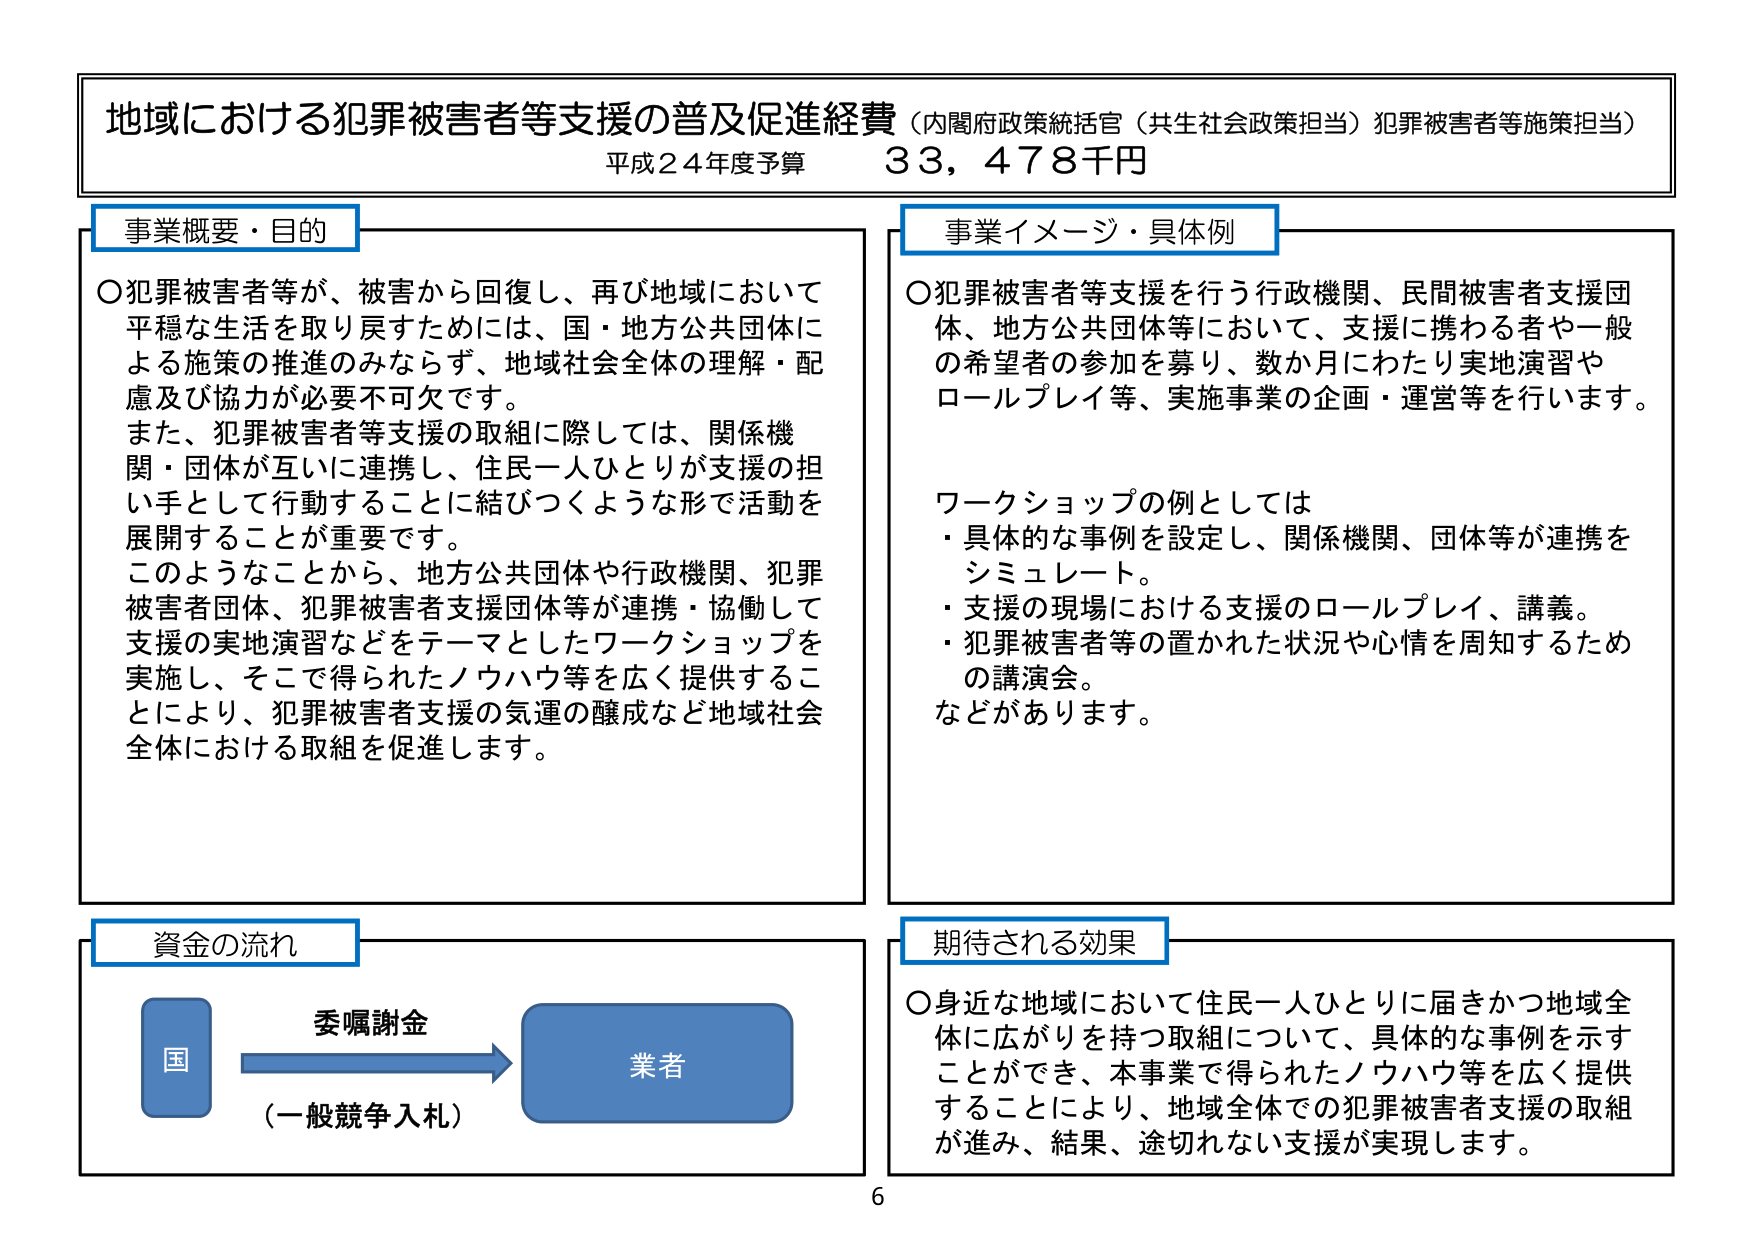
地域における犯罪被害者等支援の普及促進経費（内閣府政策統括官（共生社会政策担当）犯罪被害者等施策担当）
平成24年度予算 33,478千円

事業概要・目的
〇犯罪被害者等が、被害から回復し、再び地域において平穏な生活を取り戻すためには、国・地方公共団体による施策の推進のみならず、地域社会全体の理解・配慮及び協力が必要不可欠です。
また、犯罪被害者等支援の取組に際しては、関係機関・団体が互いに連携し、住民一人ひとりが支援の担い手として行動することに結びつくような形で活動を展開することが重要です。
このようなことから、地方公共団体や行政機関、犯罪被害者団体、犯罪被害者支援団体等が連携・協働して支援の実地演習などをテーマとしたワークショップを実施し、そこで得られたノウハウ等を広く提供することにより、犯罪被害者支援の気運の醸成など地域社会全体における取組を促進します。

事業イメージ・具体例
〇犯罪被害者等支援を行う行政機関、民間被害者支援団体、地方公共団体等において、支援に携わる者や一般の希望者の参加を募り、数か月にわたり実地演習やロールプレイ等、実施事業の企画・運営等を行います。

ワークショップの例としては
・具体的な事例を設定し、関係機関、団体等が連携をシミュレート。
・支援の現場における支援のロールプレイ、講義。
・犯罪被害者等の置かれた状況や心情を周知するための講演会。
などがあります。

資金の流れ
国 → 業者
（一般競争入札）
委嘱謝金

期待される効果
〇身近な地域において住民一人ひとりに届きかつ地域全体に広がりを持つ取組について、具体的な事例を示すことができ、本事業で得られたノウハウ等を広く提供することにより、地域全体での犯罪被害者支援の取組が進み、結果、途切れない支援が実現します。

6